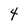
Character: 4